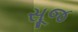
સૂજ